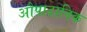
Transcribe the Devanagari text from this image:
औपादानिक